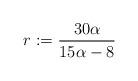
LaTeX: \begin{align*} r:=\frac{30\alpha}{15\alpha-8}\end{align*}